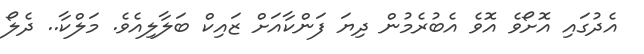
އެދުގައި އޮށޯވެ އޮވެ އެބުރެމުން ދިޔަ ފަންކާއަށް ޒައިކް ބަލާލިއެވެ. މަލްކާ.. ދެލޯ